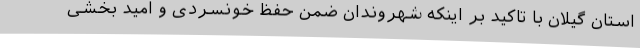
استان گیلان با تاکید بر اینکه شهروندان ضمن حفظ خونسردی و امید بخشی